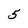
Character: 5